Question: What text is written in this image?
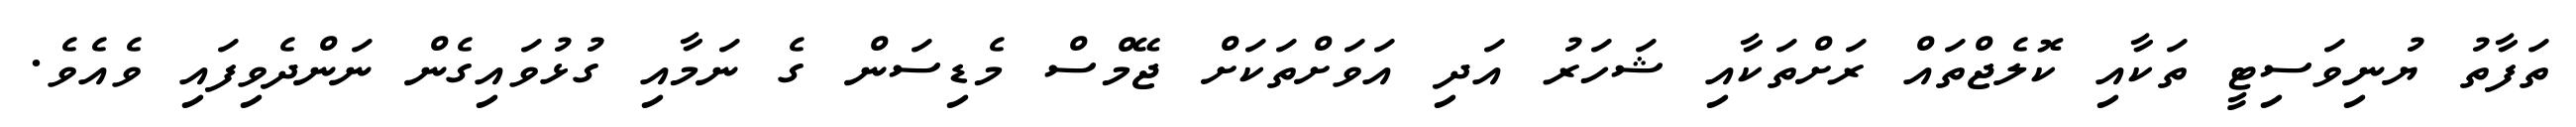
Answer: ތަފާތު ޔުނިވަސިޓީ ތަކާއި ކޮލެޖްތައް ރަށްތަކާއި ޝަހަރު އަދި އަވަށްތަކަށް ޖޭމްސް މެޑިސަން ގެ ނަމާއި ގުޅުވައިގެން ނަންދެވިފައި ވެއެވެ.